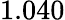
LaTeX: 1.040